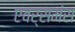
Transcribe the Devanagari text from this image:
एवर्समंस